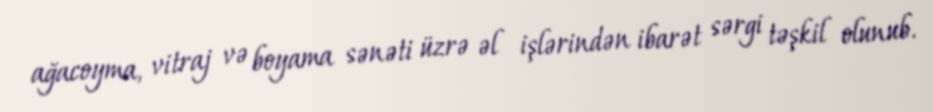
ağacoyma, vitraj və boyama sənəti üzrə əl işlərindən ibarət sərgi təşkil olunub.